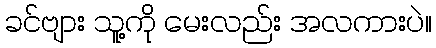
ခင်ဗျား သူ့ကို မေးလည်း အလကားပဲ။